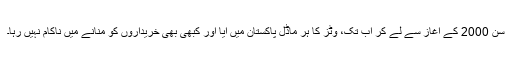
سن 2000 کے آغاز سے لے کر اب تک، وٹز کا ہر ماڈل پاکستان میں آیا اور کبھی بھی خریداروں کو منانے میں ناکام نہیں رہا۔